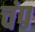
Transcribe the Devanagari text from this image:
चंप